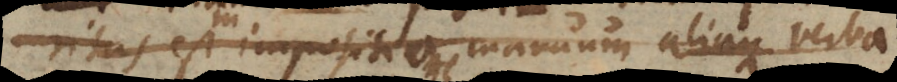
in impositione manuum aliaque verba